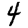
Digit: 4